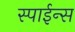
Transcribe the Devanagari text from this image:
स्पाईन्स